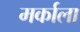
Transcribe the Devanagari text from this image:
मर्काला